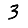
Digit: 3